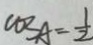
\cos A = \frac { 1 } { 2 }